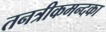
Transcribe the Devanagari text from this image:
तनत्रीकमन्दका